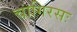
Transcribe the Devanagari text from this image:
चांगिरसः